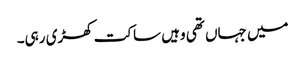
میں جہاں تھی وہیں ساکت کھڑی رہی۔